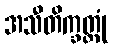
အသီတိက္ခတ္တုံ